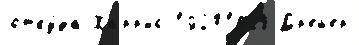
отку́да Ха́рр'ис 19201928 Др'ейер